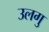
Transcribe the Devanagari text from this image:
उलगु